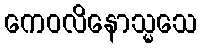
ကေဝလိနောသ္မသေ